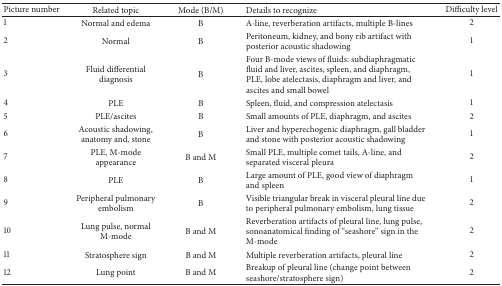
| Picture number | Related topic | Mode (B/M) | Details to recognize | Difficulty level |
 | --- | --- | --- | --- | --- |
 | 1 | Normal and edema | B | A-line, reverberation artifacts, multiple B-lines | 2 |
 | 2 | Normal | B | Peritoneum, kidney, and bony rib artifact with posterior acoustic shadowing | 1 |
 | 3 | Fluid differential diagnosis | B | Four B-mode views of fluids: subdiaphragmatic fluid and liver, ascites, spleen, and diaphragm, PLE, lobe atelectasis, diaphragm and liver, and ascites and small bowel | 1 |
 | 4 | PLE | B | Spleen, fluid, and compression atelectasis | 1 |
 | 5 | PLE/ascites | B | Small amounts of PLE, diaphragm, and ascites | 2 |
 | 6 | Acoustic shadowing, anatomy and, stone | B | Liver and hyperechogenic diaphragm, gall bladder and stone with posterior acoustic shadowing | 1 |
 | 7 | PLE, M-mode appearance | B and M | Small PLE, multiple comet tails, A-line, and separated visceral pleura | 2 |
 | 8 | PLE | B | Large amount of PLE, good view of diaphragm and spleen | 1 |
 | 9 | Peripheral pulmonary embolism | B | Visible triangular break in visceral pleural line due to peripheral pulmonary embolism, lung tissue | 2 |
 | 10 | Lung pulse, normal M-mode | B and M | Reverberation artifacts of pleural line, lung pulse, sonoanatomical finding of “seashore” sign in the M-mode | 2 |
 | 11 | Stratosphere sign | B and M | Multiple reverberation artifacts, pleural line | 2 |
 | 12 | Lung point | B and M | Breakup of pleural line (change point between seashore/stratosphere sign) | 2 |